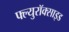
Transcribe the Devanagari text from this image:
फ्ल्युरॉक्साइड